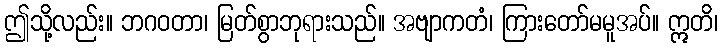
ဤသို့လည်း။ ဘဂဝတာ၊ မြတ်စွာဘုရားသည်။ အဗျာကတံ၊ ကြားတော်မမူအပ်။ ဣတိ၊